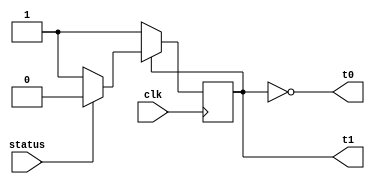
module control(clk, status, t0,t1);

input status;
input clk;
output t0, t1;

reg s;

// in state t0: next state is t1 always
// in state t1:
// t1 - status = 1: R == 4, next state is t0
// t1 - status = 0: R != 4, next state is t1 

always @(posedge clk)
begin
    // let s = 0  correspond to t0, s = 1 to t1
    if (s == 0)
        s <= 1;
    else // s == 1, state t1    
    begin
        if (status == 1)
            s <= 0;
        else
            s <= 1;
    end
end

assign t0 = ~s;
assign t1 = s;

endmodule